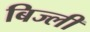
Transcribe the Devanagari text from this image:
बिज्ली